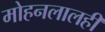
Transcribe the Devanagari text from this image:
मोहनलालही